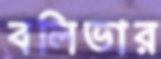
বলিভার